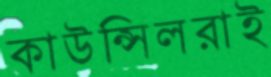
কাউন্সিলরাই